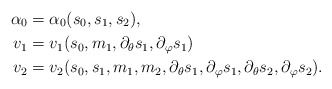
\begin{align*}\alpha_0 &= \alpha_0 (s_0,s_1,s_2),\\v_1 & = v_1(s_0,m_1,\partial_\theta s_1,\partial_\varphi s_1 ) \\v_2 & = v_2(s_0,s_1,m_1,m_2,\partial_\theta s_1,\partial_\varphi s_1,\partial_\theta s_2,\partial_\varphi s_2).\end{align*}